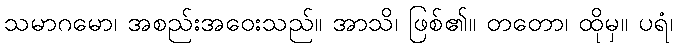
သမာဂမော၊ အစည်းအဝေးသည်။ အာသိ၊ ဖြစ်၏။ တတော၊ ထိုမှ။ ပရံ၊